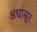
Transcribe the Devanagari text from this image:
अधासुर